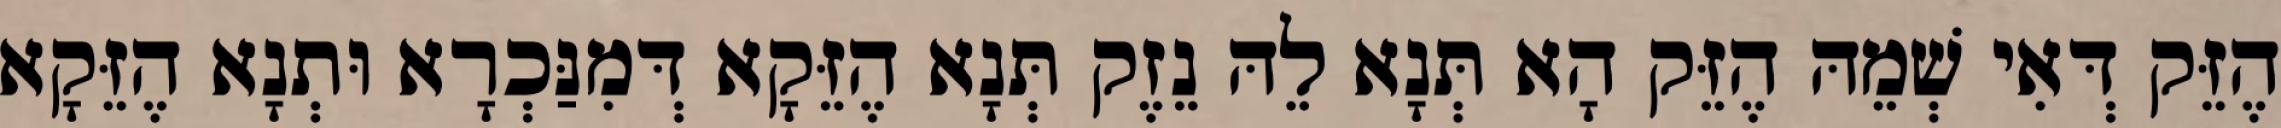
הֶזֵּק דְּאִי שְׁמֵהּ הֶזֵּק הָא תְּנָא לֵהּ נֵזֶק תְּנָא הֶזֵּקָא דְּמִנַּכְרָא וּתְנָא הֶזֵּקָא